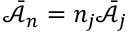
\bar { \mathcal { A } } _ { n } = n _ { j } \bar { \mathcal { A } } _ { j }